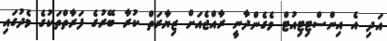
އަދި އެ އިންސްޓިޓިއުޓް ވެގެންދާނީ ރާއްޖެއަށް ޒިޔާރަތް ކުރާ ބޭރުގެ ފަރާތްތަކުގެ މެދުގައި